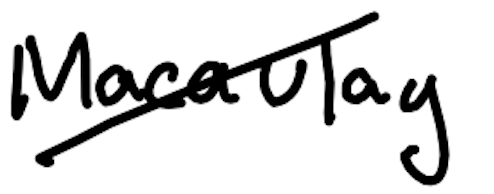
Text: Macaulay
Cross-out: diagonal
Writing tool: digital_black